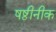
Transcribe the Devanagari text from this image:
षष्ठीनीक